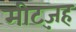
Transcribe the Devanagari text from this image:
मीट्ज़ह